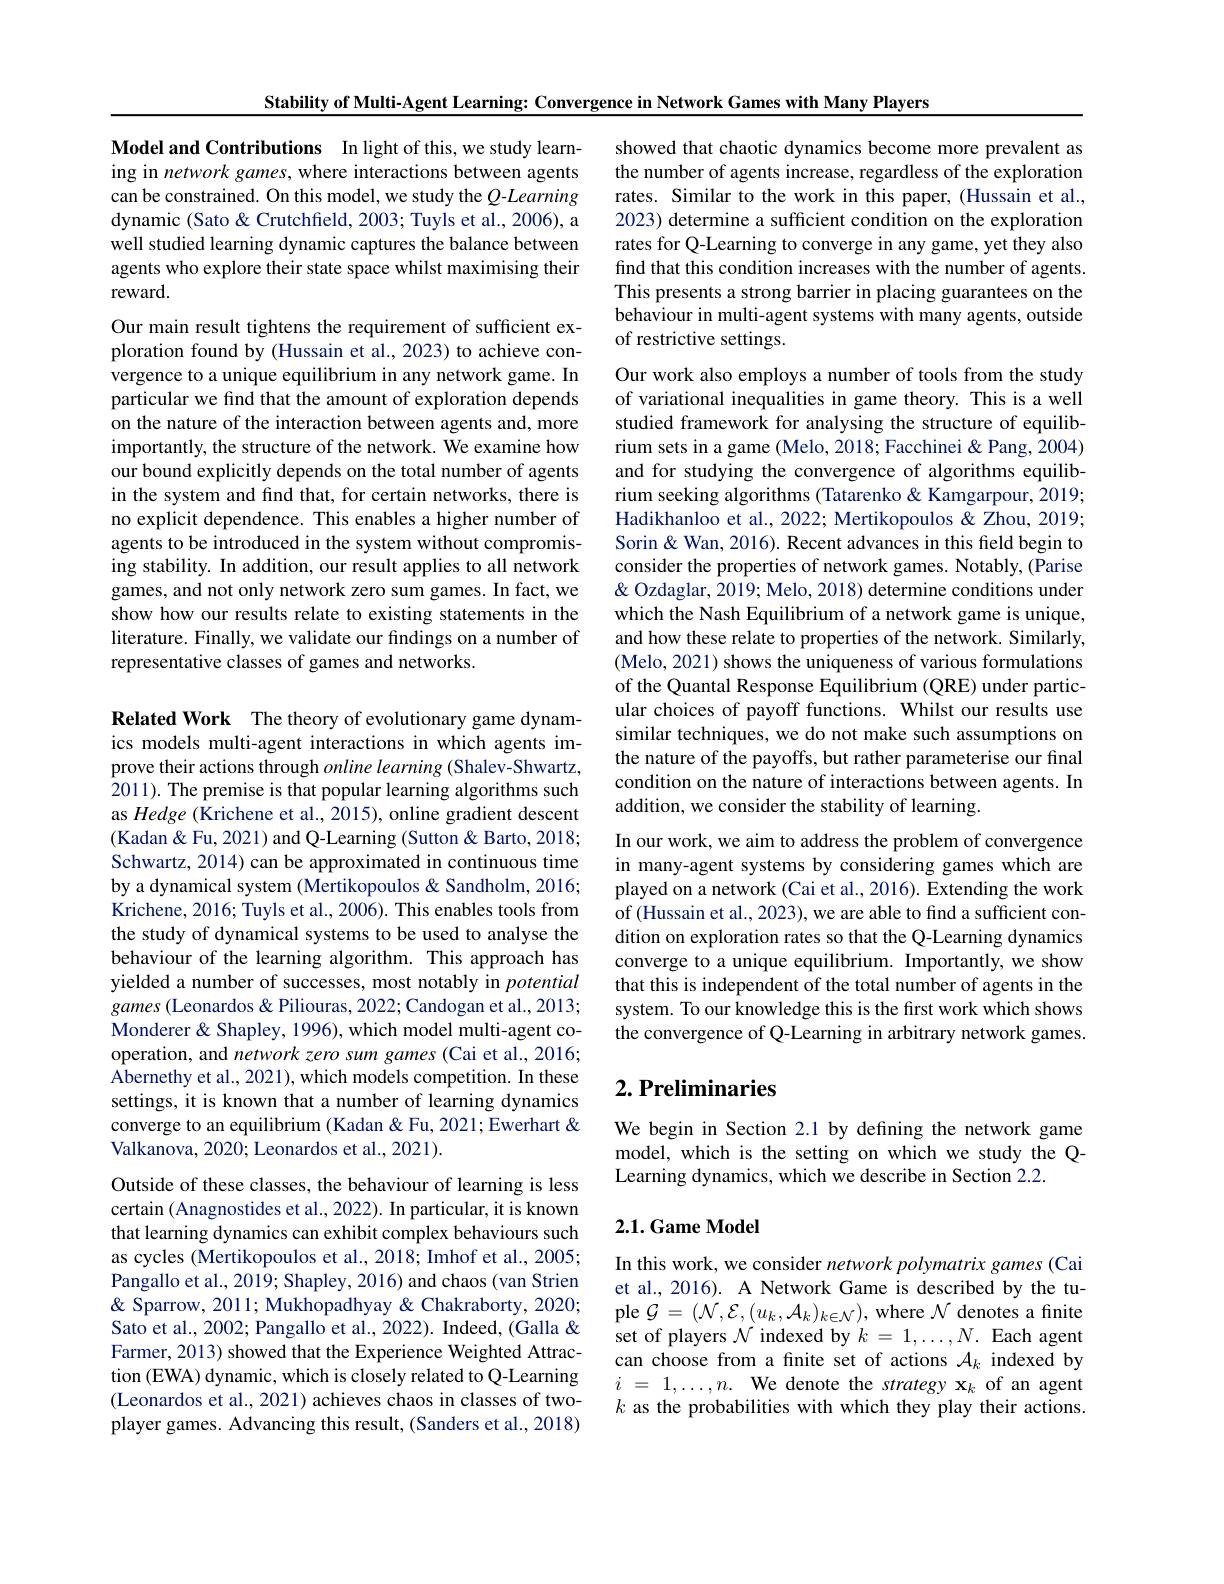
Stability of Multi-Agent Learning: Convergence in Network Games with Many Players

Model and Contributions In light of this, we study learning in network games, where interactions between agents can be constrained. On this model, we study the $Q$-Learning dynamic (Sato & Crutchfield, 2003; Tuyls et al., 2006), a well studied learning dynamic captures the balance between agents who explore their state space whilst maximising their reward.

Our main result tightens the requirement of sufficient exploration found by (Hussain et al., 2023) to achieve convergence to a unique equilibrium in any network game. In particular we find that the amount of exploration depends on the nature of the interaction between agents and, more importantly, the structure of the network. We examine how our bound explicitly depends on the total number of agents in the system and find that, for certain networks, there is no explicit dependence. This enables a higher number of agents to be introduced in the system without compromising stability. In addition, our result applies to all network games, and not only network zero sum games. In fact, we show how our results relate to existing statements in the literature. Finally, we validate our findings on a number of representative classes of games and networks.

Related Work The theory of evolutionary game dynamics models multi-agent interactions in which agents improve their actions through online learning (Shalev-Shwartz, 2011). The premise is that popular learning algorithms such as Hedge (Krichene et al., 2015), online gradient descent (Kadan& Fu, 2021) and Q-Learning (Sutton & Barto, 2018; Schwartz, 2014) can be approximated in continuous time by a dynamical system (Mertikopoulos & Sandholm, 2016; Krichene, 2016; Tuyls et al., 2006). This enables tools from the study of dynamical systems to be used to analyse the behaviour of the learning algorithm. This approach has yielded a number of successes, most notably in potential games (Leonardos & Piliouras, 2022; Candogan et al., 2013; Monderer& Shapley, 1996), which model multi-agent cooperation, and network zero sum games (Cai et al., 2016; Abernethy et al., 2021), which models competition. In these settings, it is known that a number of learning dynamics converge to an equilibrium (Kadan &Fu, 2021; Ewerhart & Valkanova, 2020; Leonardos et al., 2021).
Outside of these classes, the behaviour of learning is less certain (Anagnostides et al., 2022). In particular, it is known that learning dynamics can exhibit complex behaviours such as cycles (Mertikopoulos et al., 2018; Imhof et al., 2005; Pangallo et al., 2019; Shapley, 2016) and chaos (van Strien & Sparrow, 2011; Mukhopadhyay & Chakraborty, 2020; Sato et al., 2002; Pangallo et al., 2022). Indeed, (Galla & Farmer, 2013) showed that the Experience Weighted Attraction (EWA) dynamic, which is closely related to Q-Learning (Leonardos et al., 2021) achieves chaos in classes of twoplayer games. Advancing this result, (Sanders et al., 2018)

showed that chaotic dynamics become more prevalent as the number of agents increase, regardless of the exploration rates. Similar to the work in this paper, (Hussain et al., 2023) determine a sufficient condition on the exploration rates for Q-Learning to converge in any game, yet they also find that this condition increases with the number of agents. This presents a strong barrier in placing guarantees on the behaviour in multi-agent systems with many agents, outside of restrictive settings.

Our work also employs a number of tools from the study of variational inequalities in game theory. This is a well studied framework for analysing the structure of equilibrium sets in a game (Melo, 2018; Facchinei & Pang, 2004) and for studying the convergence of algorithms equilibrium seeking algorithms (Tatarenko& Kamgarpour, 2019; Hadikhanloo et al., 2022; Mertikopoulos & Zhou, 2019; Sorin & Wan, 2016). Recent advances in this field begin to consider the properties of network games. Notably, (Parise & Q Ozdaglar, 2019; Melo, 2018) determine conditions under which the Nash Equilibrium of a network game is unique, and how these relate to properties of the network. Similarly, (Melo, 2021) shows the uniqueness of various formulations of the Quantal Response Equilibrium (QRE) under particular choices of payoff functions. Whilst our results use similar techniques, we do not make such assumptions on the nature of the payoffs, but rather parameterise our final condition on the nature of interactions between agents. In addition, we consider the stability of learning.
In our work, we aim to address the problem of convergence in many-agent systems by considering games which are played on a network (Cai et al., 2016). Extending the work of (Hussain et al., 2023), we are able to find a sufficient condition on exploration rates so that the Q-Learning dynamics converge to a unique equilibrium. Importantly, we show that this is independent of the total number of agents in the system. To our knowledge this is the first work which shows the convergence of Q-Learning in arbitrary network games

## $2. \textbf{ Preliminaries}$

We begin in Section 2.1 by defining the network game model, which is the setting on which we study the QLearning dynamics, which we describe in Section 2.2.

### 2.1. Game Model

In this work, we consider network polymatrix games (Cai et al., 2016). A Network Game is described by the tuple $\mathcal{G}=(\mathcal{N},\mathcal{E},(u_{k},\mathcal{A}_{k})_{k\in\mathcal{N}})$, where $\mathcal{N}$ denotes a finite set of players $\mathcal{N}$ indexed by $k=1,\ldots,N.$ Each agent can choose from a finite set of actions $\mathcal{A}_k$ indexed by $i$ = $1, \ldots , n.$ We denote the strategy x$_k$ of an agent $k$ as the probabilities with which they play their actions.